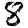
Digit: 8